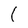
Character: 1